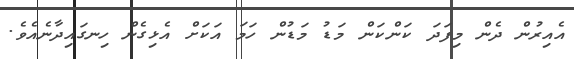
އެއިރުން ދެން މިފަދަ ކަންކަން މަޑު މަޑުން ހަމަ އަކަށް އެޅިގެން ހިނގައިދާނެއެވެ.